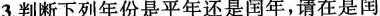
3.判断下列年份是平年还是闰年，请在是闰